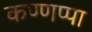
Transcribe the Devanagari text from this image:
कण्णप्पा